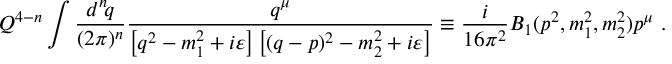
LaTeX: Q ^ { 4 - n } \int { \frac { d ^ { n } \! q } { ( 2 \pi ) ^ { n } } } { \frac { q ^ { \mu } } { \left[ q ^ { 2 } - m _ { 1 } ^ { 2 } + i \varepsilon \right] \left[ ( q - p ) ^ { 2 } - m _ { 2 } ^ { 2 } + i \varepsilon \right] } } \equiv { \frac { i } { 1 6 \pi ^ { 2 } } } B _ { 1 } ( p ^ { 2 } , m _ { 1 } ^ { 2 } , m _ { 2 } ^ { 2 } ) p ^ { \mu } ~ .